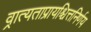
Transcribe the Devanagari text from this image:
व्रात्यताप्रायश्चित्तनिर्णय